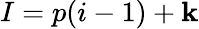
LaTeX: I=p(i-1)+\mathbf{k}